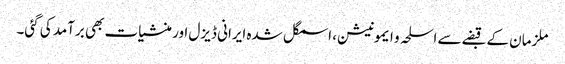
ملزمان کے قبضے سے اسلحہ و ایمونیشن، اسمگل شدہ ایرانی ڈیزل اور منشیات بھی برآمد کی گئی۔